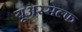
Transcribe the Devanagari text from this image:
यूअरसेल्फ